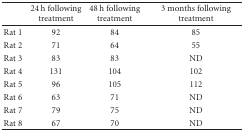
<table><thead><tr><td></td><td><b>24 h following treatment</b></td><td><b>48 h following treatment</b></td><td><b>3 months following treatment</b></td></tr></thead><tbody><tr><td>Rat 1</td><td>92</td><td>84</td><td>85</td></tr><tr><td>Rat 2</td><td>71</td><td>64</td><td>55</td></tr><tr><td>Rat 3</td><td>83</td><td>83</td><td>ND</td></tr><tr><td>Rat 4</td><td>131</td><td>104</td><td>102</td></tr><tr><td>Rat 5</td><td>96</td><td>105</td><td>112</td></tr><tr><td>Rat 6</td><td>63</td><td>71</td><td>ND</td></tr><tr><td>Rat 7</td><td>79</td><td>75</td><td>ND</td></tr><tr><td>Rat 8</td><td>67</td><td>70</td><td>ND</td></tr></tbody></table>